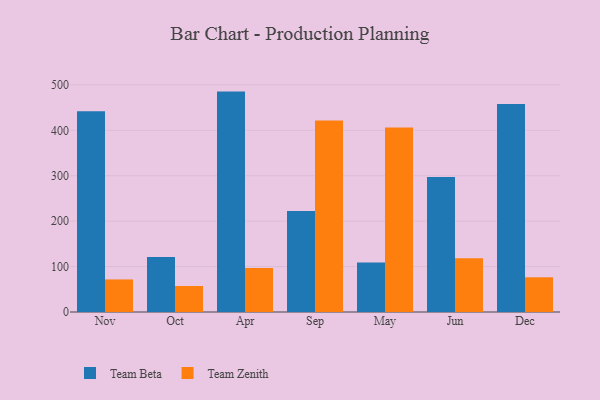
{"axis": {"x": "Month", "y": "Inventory Turnover"}, "legend": ["Team Beta", "Team Zenith"], "data": [{"x": "Nov", "y": 442.1, "type": "Team Beta"}, {"x": "Nov", "y": 71.7, "type": "Team Zenith"}, {"x": "Oct", "y": 121.2, "type": "Team Beta"}, {"x": "Oct", "y": 57.3, "type": "Team Zenith"}, {"x": "Apr", "y": 485.2, "type": "Team Beta"}, {"x": "Apr", "y": 96.6, "type": "Team Zenith"}, {"x": "Sep", "y": 222.5, "type": "Team Beta"}, {"x": "Sep", "y": 421.7, "type": "Team Zenith"}, {"x": "May", "y": 109.2, "type": "Team Beta"}, {"x": "May", "y": 406.0, "type": "Team Zenith"}, {"x": "Jun", "y": 297.1, "type": "Team Beta"}, {"x": "Jun", "y": 118.3, "type": "Team Zenith"}, {"x": "Dec", "y": 458.1, "type": "Team Beta"}, {"x": "Dec", "y": 76.4, "type": "Team Zenith"}]}